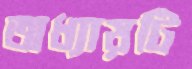
অধ্যায়টি